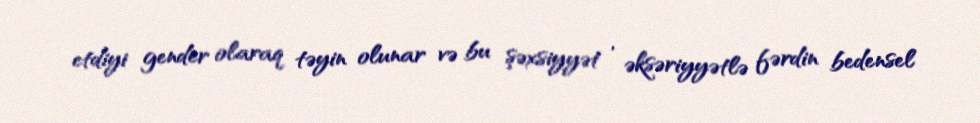
etdiyi gender olaraq təyin olunar və bu şəxsiyyət , əksəriyyətlə fərdin bedensel